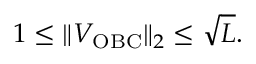
\begin{array} { r } { 1 \leq \| V _ { \mathrm { O B C } } \| _ { 2 } \leq \sqrt { L } . } \end{array}